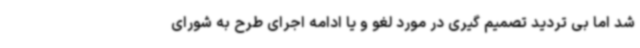
شد اما بی تردید تصمیم گیری در مورد لغو و یا ادامه اجرای طرح به شورای